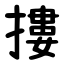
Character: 摟